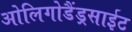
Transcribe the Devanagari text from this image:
ओलिगोडैंड्रसाईट